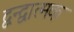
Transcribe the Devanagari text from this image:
द्वन्द्वात्मक